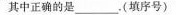
其中正确的是___(填序号)